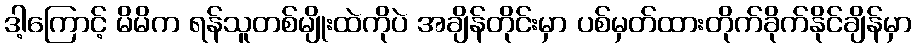
ဒါ့ကြောင့် မိမိက ရန်သူတစ်မျိုးထဲကိုပဲ အချိန်တိုင်းမှာ ပစ်မှတ်ထားတိုက်ခိုက်နိုင်ချိန်မှာ